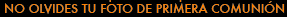
NO OLVIDES TU FOTO DE PRIMERA COMUNION